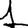
Digit: 1